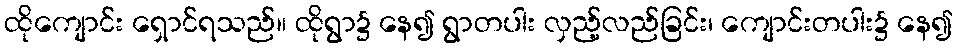
ထိုကျောင်း ရှောင်ရသည်။ ထိုရွာ၌ နေ၍ ရွာတပါး လှည့်လည်ခြင်း၊ ကျောင်းတပါး၌ နေ၍